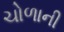
ચોળાની